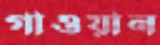
গাওয়ান